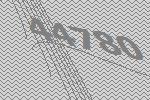
44780